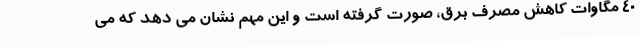
40 مگاوات کاهش مصرف برق، صورت گرفته است و این مهم نشان می دهد که می